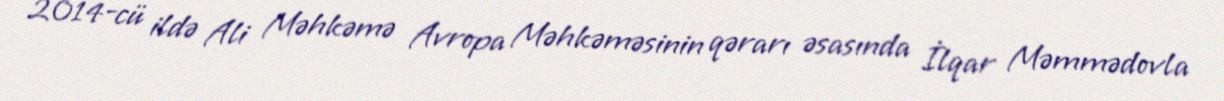
2014-cü ildə Ali Məhkəmə Avropa Məhkəməsinin qərarı əsasında İlqar Məmmədovla